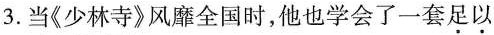
3.当《少林寺》风靡全国时，他也学会了一套\underset{·}{足}\underset{·}{以}